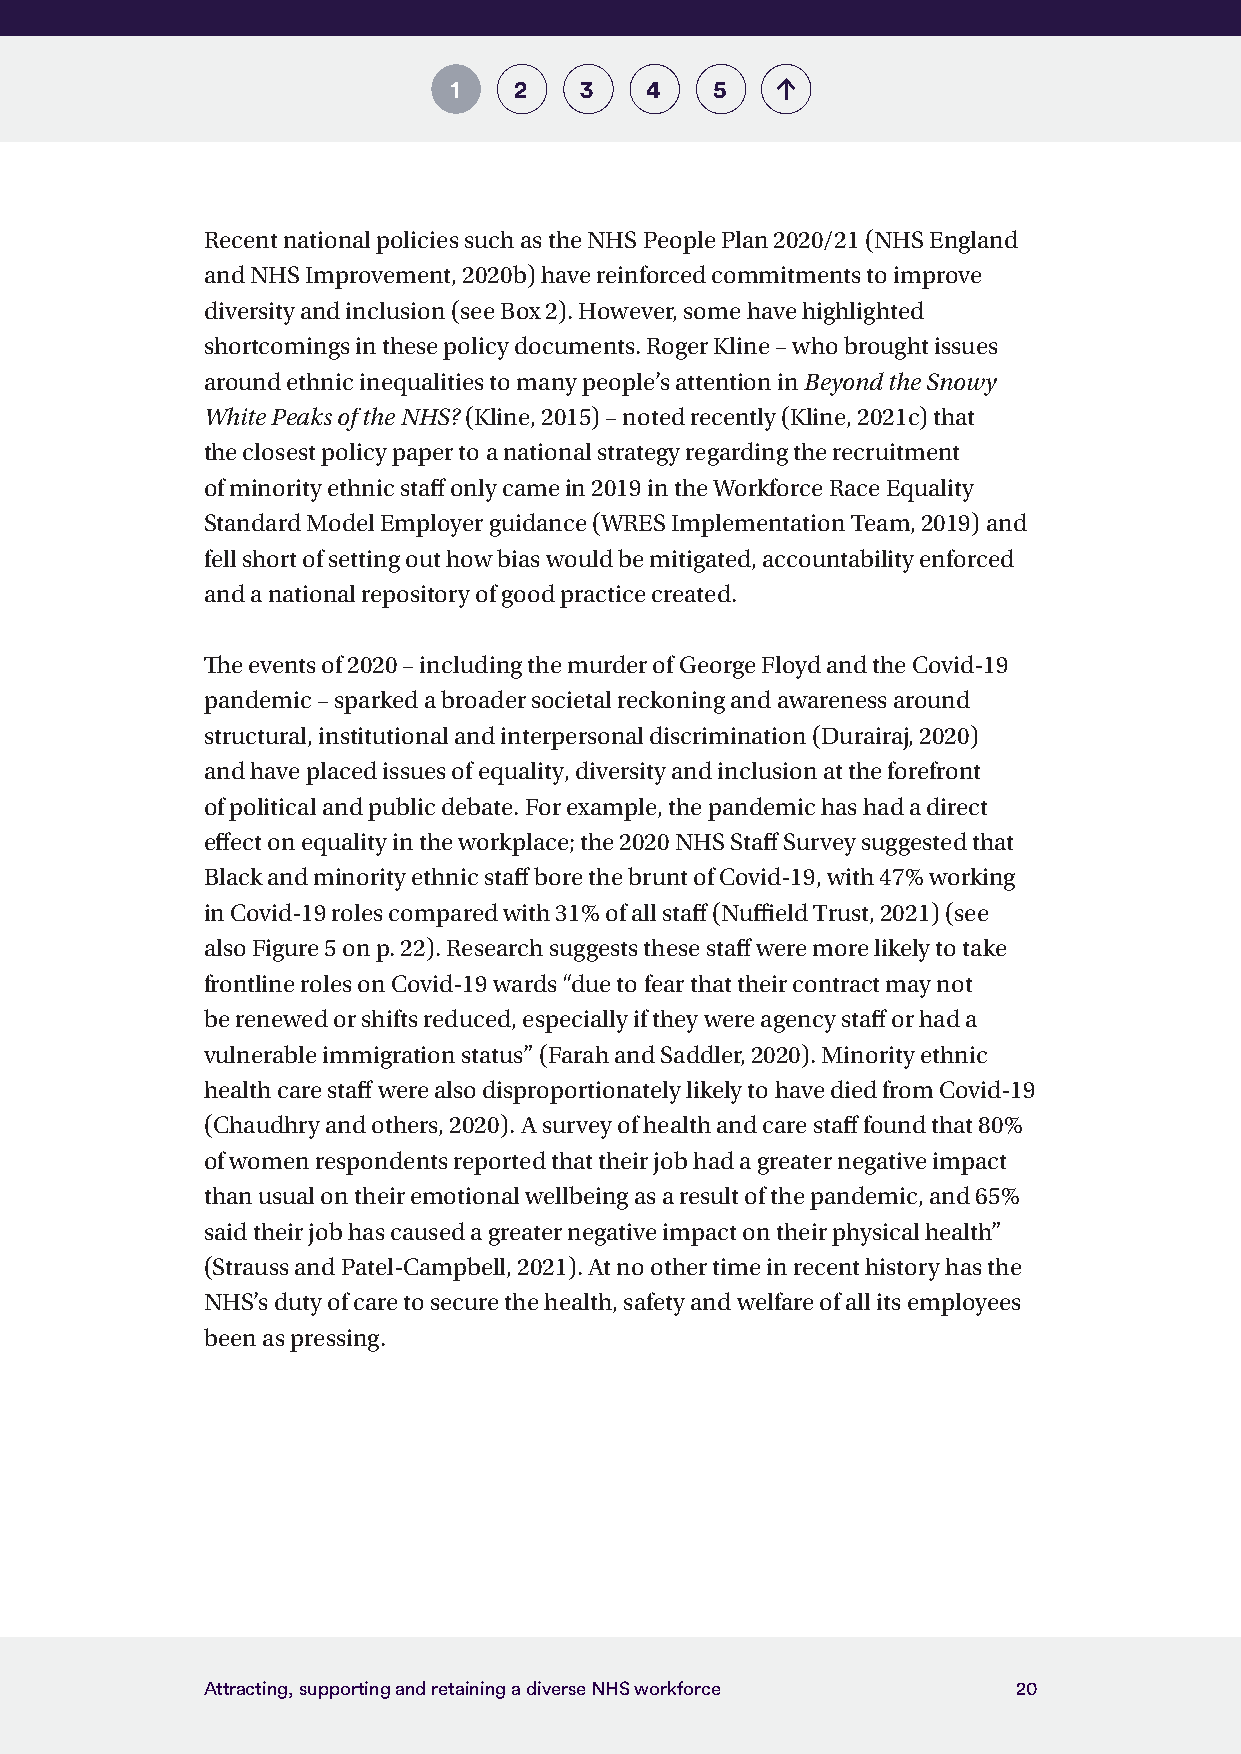
1   2   3    4   5
 Recent national policies such as the NHS People Plan 2020/21 (NHS England
 and NHS Improvement, 2020b) have reinforced commitments to improve
 diversity and inclusion (see Box 2). However, some have highlighted
 shortcomings in these policy documents. Roger Kline – who brought issues
 around ethnic inequalities to many people’s attention in Beyond the Snowy
 White Peaks of the NHS? (Kline, 2015) – noted recently (Kline, 2021c) that
 the closest policy paper to a national strategy regarding the recruitment
 of minority ethnic staff only came in 2019 in the Workforce Race Equality
 Standard Model Employer guidance (WRES Implementation Team, 2019) and
 fell short of setting out how bias would be mitigated, accountability enforced
 and a national repository of good practice created.
 The events of 2020 – including the murder of George Floyd and the Covid-19
 pandemic – sparked a broader societal reckoning and awareness around
 structural, institutional and interpersonal discrimination (Durairaj, 2020)
 and have placed issues of equality, diversity and inclusion at the forefront
 of political and public debate. For example, the pandemic has had a direct
 effect on equality in the workplace; the 2020 NHS Staff Survey suggested that
 Black and minority ethnic staff bore the brunt of Covid-19, with 47% working
 in Covid-19 roles compared with 31% of all staff (Nuffield Trust, 2021) (see
 also Figure 5 on p. 22). Research suggests these staff were more likely to take
 frontline roles on Covid-19 wards “due to fear that their contract may not
 be renewed or shifts reduced, especially if they were agency staff or had a
 vulnerable immigration status” (Farah and Saddler, 2020). Minority ethnic
 health care staff were also disproportionately likely to have died from Covid-19
 (Chaudhry and others, 2020). A survey of health and care staff found that 80%
 of women respondents reported that their job had a greater negative impact
 than usual on their emotional wellbeing as a result of the pandemic, and 65%
 said their job has caused a greater negative impact on their physical health”
 (Strauss and Patel-Campbell, 2021). At no other time in recent history has the
 NHS’s duty of care to secure the health, safety and welfare of all its employees
 been as pressing.
 Attracting, supporting and retaining a diverse NHS workforce 20